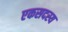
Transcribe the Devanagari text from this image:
एकसदस्य